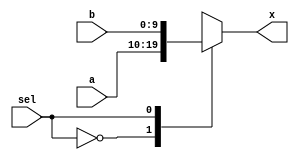
module generic_mux2
#(parameter WIDTH=10)
(a, b, sel, x);
input [WIDTH-1:0] a, b;
input sel;
output reg [WIDTH-1:0] x;

always @(*)
begin
	case(sel)
		1'b0: x = a;
		1'b1: x = b;
	endcase
end

endmodule